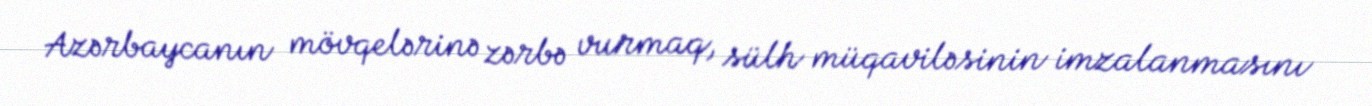
Azərbaycanın mövqelərinə zərbə vurmaq, sülh müqaviləsinin imzalanmasını